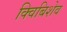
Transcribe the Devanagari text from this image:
क्विबिशेव